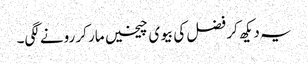
یہ دیکھ کر فضل کی بیوی چیخیں مار کر رونے لگی۔